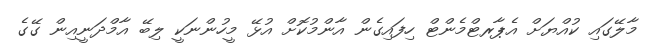
މާލޭގައި ކުއްޔަށް އެޕާރޓްމެންޓް ހިފައިގެން އާންމުކޮށް އުޅޭ މީހުންނަކީ ލިބޭ އާމްދަނީއިން ގޭގެ